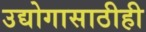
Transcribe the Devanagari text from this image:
उद्योगासाठीही